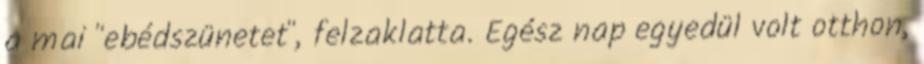
a mai "ebédszünetet", felzaklatta. Egész nap egyedül volt otthon,